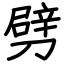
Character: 劈